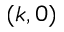
( k , 0 )